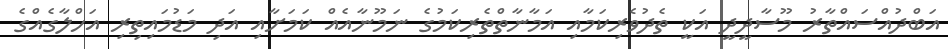
އަބްދުއްސައްތާރު މޫސާދީދީ އަކީ ތެދުވެރިކަމާއި އަމާނާތްތެރިކަމުގެ ނަމޫނާއެއް ކަމަށާއި އަދި މަޑުމައިތިރި އަހްލާގެއްގެ